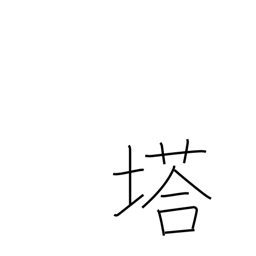
Meaning: pagoda